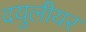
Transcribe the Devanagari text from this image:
दयुलीयर